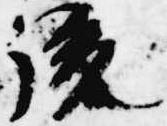
後